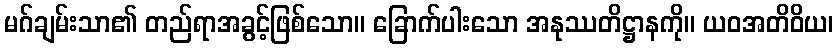
မဂ်ချမ်းသာ၏ တည်ရာအခွင့်ဖြစ်သော။ ခြောက်ပါးသော အနုဿတိဋ္ဌာနကို။ ယဝအတိဝိယ၊